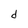
Character: d